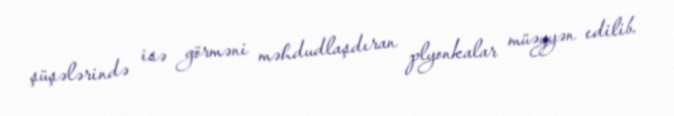
şüşələrində isə görməni məhdudlaşdıran plyonkalar müəyyən edilib.